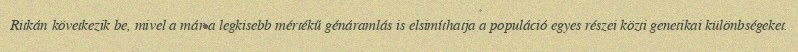
Ritkán következik be, mivel a már a legkisebb mértékű génáramlás is elsimíthatja a populáció egyes részei közti genetikai különbségeket.